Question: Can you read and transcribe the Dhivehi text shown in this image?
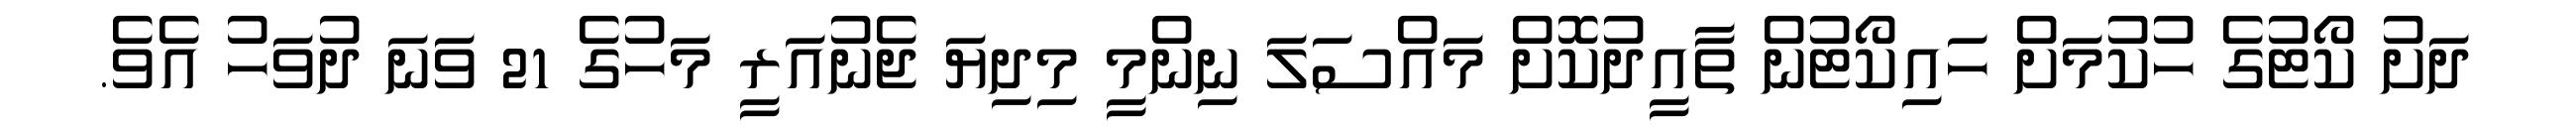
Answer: ދަށު ކޯޓުގެ ހުކުމަށް ހައިކޯޓުން ތާއީދުކޮށް މައްސަލަ ނިންމީ މިދިޔަ ޖެނުއަރީ މަހުގެ 21 ވަނަ ދުވަހު އެވެ.